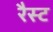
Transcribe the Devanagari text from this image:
रैस्ट